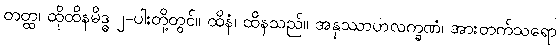
တတ္ထ၊ ထိုထိနမိဒ္ဓ ၂-ပါးတို့တွင်။ ထိနံ၊ ထိနသည်။ အနုဿာဟလက္ခဏံ၊ အားတက်သရော